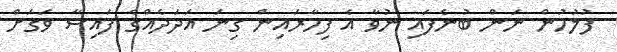
ފުލުހުން ނަން ބުނެފައި ނުވާ އެ ފިހާރައިން ގިނަ އަދަދެއްގެ ފައިސާ ވަގަށް